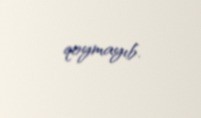
qoymayıb.